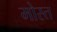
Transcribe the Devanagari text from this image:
मोस्त